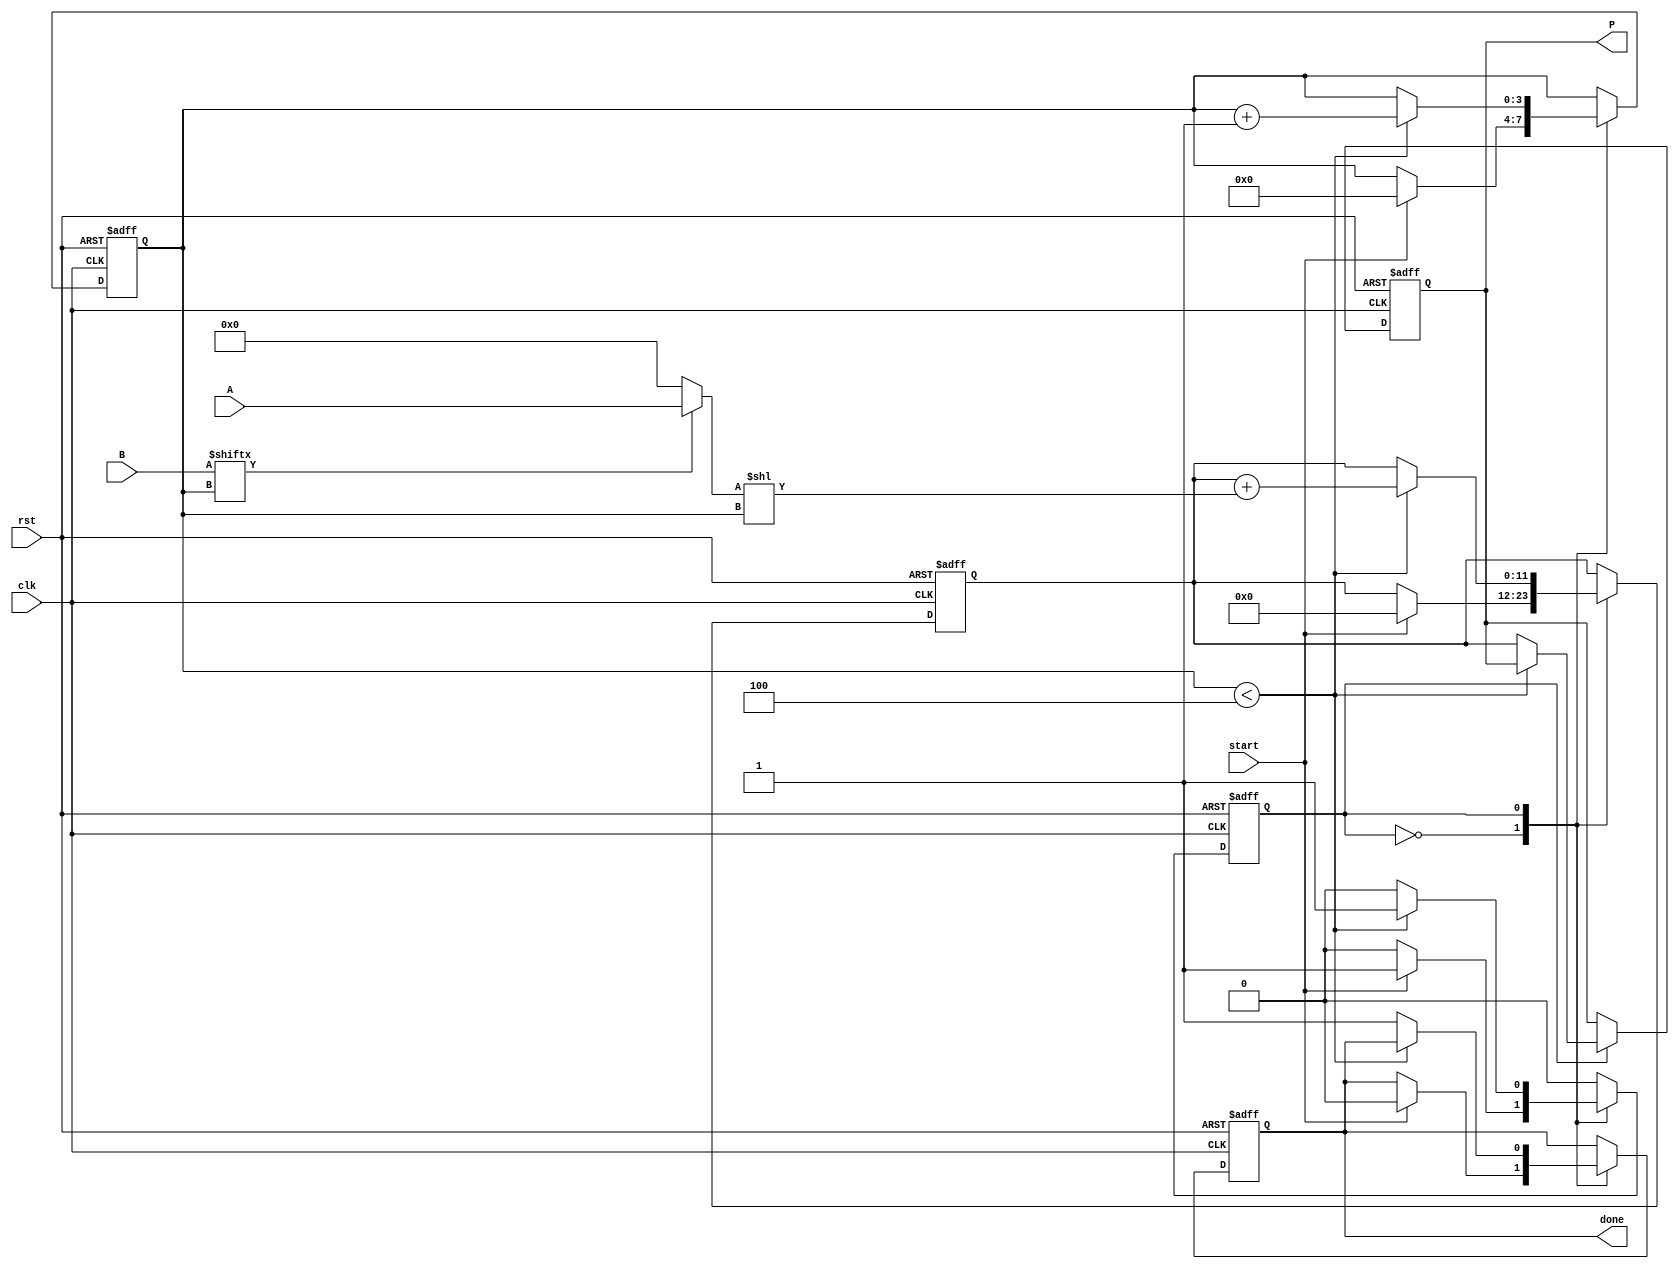
module Partial_Product_Accumulator #(
    parameter N = 8,  // Number of bits for multiplicand A
    parameter M = 4   // Number of bits for multiplier B
)(
    input wire [N-1:0] A,       // Multiplicand
    input wire [M-1:0] B,       // Multiplier
    input wire clk,              // Clock
    input wire rst,              // Reset
    input wire start,            // Start signal
    output reg [N+M-1:0] P,      // Product
    output reg done              // Done signal
);

    reg [N-1:0] partial_product; // Store the current partial product
    reg [N+M-1:0] accumulator;    // Accumulator for the final product
    reg [3:0] count;              // Counter for the number of bits processed
    reg state;                   // State variable for controlling the process

    // State machine states
    localparam IDLE = 1'b0, PROCESS = 1'b1;

    // Initialize on reset
    always @(posedge clk or posedge rst) begin
        if (rst) begin
            P <= 0;
            accumulator <= 0;
            count <= 0;
            done <= 0;
            state <= IDLE;
        end else begin
            case (state)
                IDLE: begin
                    if (start) begin
                        accumulator <= 0;
                        count <= 0;
                        done <= 0;
                        state <= PROCESS;
                    end
                end
                
                PROCESS: begin
                    if (count < M) begin
                        // Generate the partial product for the current bit of B
                        partial_product = (B[count]) ? A : 0;

                        // Add the partial product to the accumulator
                        accumulator <= accumulator + (partial_product << count);

                        // Increment the count
                        count <= count + 1;
                    end else begin
                        // When done processing all bits
                        P <= accumulator; // Store the final product
                        done <= 1;       // Indicate that the operation is complete
                        state <= IDLE;   // Go back to IDLE state
                    end
                end
            endcase
        end
    end
endmodule